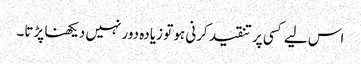
اس لیے کسی پر تنقید کرنی ہو تو زیادہ دور نہیں دیکھنا پڑتا۔